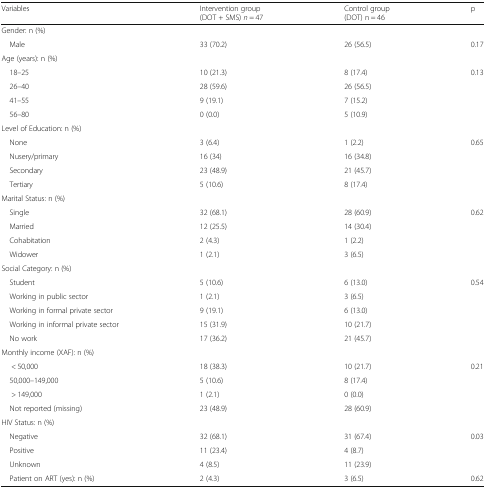
| Variables | Intervention group(DOT + SMS) n = 47 | Control group(DOT) n = 46 | p |
 | --- | --- | --- | --- |
 | <COLSPAN=4> Gender: n (%) |
 | Male | 33 (70.2) | 26 (56.5) | 0.17 |
 | <COLSPAN=4> Age (years): n (%) |
 | 18–25 | 10 (21.3) | 8 (17.4) | <ROWSPAN=4> 0.13 |
 | 26–40 | 28 (59.6) | 26 (56.5) |
 | 41–55 | 9 (19.1) | 7 (15.2) |
 | 56–80 | 0 (0.0) | 5 (10.9) |
 | <COLSPAN=4> Level of Education: n (%) |
 | None | 3 (6.4) | 1 (2.2) | <ROWSPAN=4> 0.65 |
 | Nusery/primary | 16 (34) | 16 (34.8) |
 | Secondary | 23 (48.9) | 21 (45.7) |
 | Tertiary | 5 (10.6) | 8 (17.4) |
 | <COLSPAN=4> Marital Status: n (%) |
 | Single | 32 (68.1) | 28 (60.9) | <ROWSPAN=4> 0.62 |
 | Married | 12 (25.5) | 14 (30.4) |
 | Cohabitation | 2 (4.3) | 1 (2.2) |
 | Widower | 1 (2.1) | 3 (6.5) |
 | <COLSPAN=4> Social Category: n (%) |
 | Student | 5 (10.6) | 6 (13.0) | <ROWSPAN=5> 0.54 |
 | Working in public sector | 1 (2.1) | 3 (6.5) |
 | Working in formal private sector | 9 (19.1) | 6 (13.0) |
 | Working in informal private sector | 15 (31.9) | 10 (21.7) |
 | No work | 17 (36.2) | 21 (45.7) |
 | <COLSPAN=4> Monthly income (XAF): n (%) |
 | < 50,000 | 18 (38.3) | 10 (21.7) | <ROWSPAN=4> 0.21 |
 | 50,000–149,000 | 5 (10.6) | 8 (17.4) |
 | > 149,000 | 1 (2.1) | 0 (0.0) |
 | Not reported (missing) | 23 (48.9) | 28 (60.9) |
 | <COLSPAN=4> HIV Status: n (%) |
 | Negative | 32 (68.1) | 31 (67.4) | <ROWSPAN=3> 0.03 |
 | Positive | 11 (23.4) | 4 (8.7) |
 | Unknown | 4 (8.5) | 11 (23.9) |
 | Patient on ART (yes): n (%) | 2 (4.3) | 3 (6.5) | 0.62 |